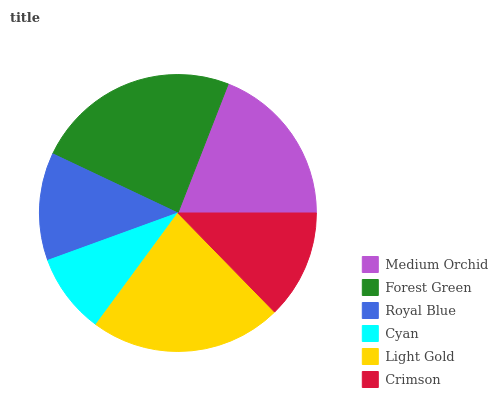
| Medium Orchid | Forest Green | Royal Blue | Cyan | Light Gold | Crimson |
 | --- | --- | --- | --- | --- | --- |
 | 19.1% | 23.9% | 12.6% | 9.36% | 22.4% | 12.7% |